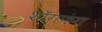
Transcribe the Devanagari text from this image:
शाँगफ़ंग